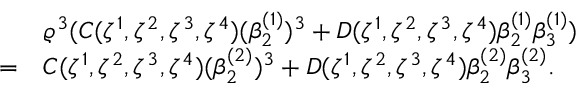
\begin{array} { r l } & { \varrho ^ { 3 } ( C ( \zeta ^ { 1 } , \zeta ^ { 2 } , \zeta ^ { 3 } , \zeta ^ { 4 } ) ( \beta _ { 2 } ^ { ( 1 ) } ) ^ { 3 } + D ( \zeta ^ { 1 } , \zeta ^ { 2 } , \zeta ^ { 3 } , \zeta ^ { 4 } ) \beta _ { 2 } ^ { ( 1 ) } \beta _ { 3 } ^ { ( 1 ) } ) } \\ { = } & { C ( \zeta ^ { 1 } , \zeta ^ { 2 } , \zeta ^ { 3 } , \zeta ^ { 4 } ) ( \beta _ { 2 } ^ { ( 2 ) } ) ^ { 3 } + D ( \zeta ^ { 1 } , \zeta ^ { 2 } , \zeta ^ { 3 } , \zeta ^ { 4 } ) \beta _ { 2 } ^ { ( 2 ) } \beta _ { 3 } ^ { ( 2 ) } . } \end{array}